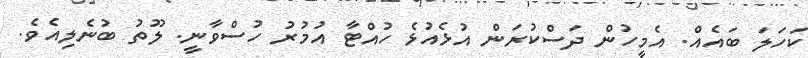
ކަހަލަ ބައެއް. އެމީހުން ދަސްކުރަން އުޅެއުޅެ ހުއްޓާ އުމުރު ހުސްވާނީ. ލޫތު ބުނެލިއެވެ.